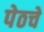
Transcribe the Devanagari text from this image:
पेठचे